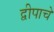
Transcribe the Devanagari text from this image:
द्वीपाचे